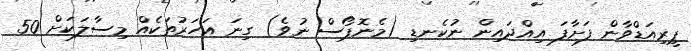
ޕީރިއަޑްވާން ފަށާފަ އިއްދައިން ނުކެނޑި (މެނޮޕޯސް ނުވެ) ގިނަ އަހަރުތަކެެއް މިސާލަކަށް 50